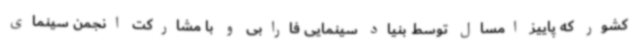
کشور که پاییز امسال توسط بنیاد سینمایی فارابی و با مشارکت انجمن سینمای